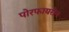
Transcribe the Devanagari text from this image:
पोरफायरीन